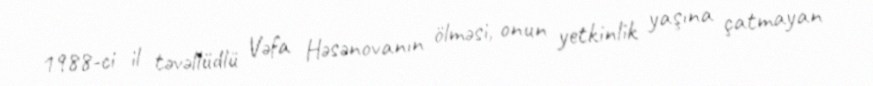
1988-ci il təvəllüdlü Vəfa Həsənovanın ölməsi, onun yetkinlik yaşına çatmayan